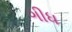
ગીધ